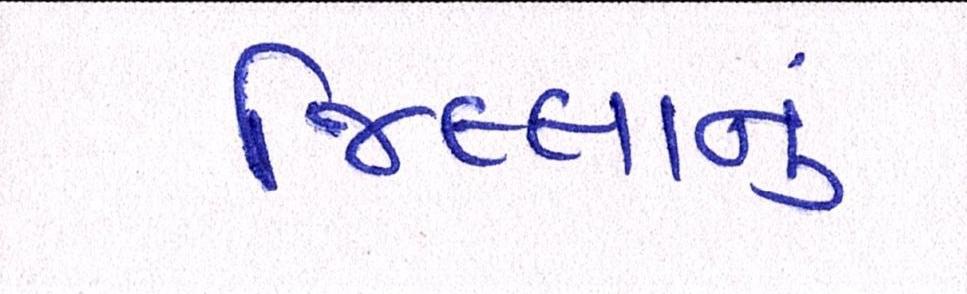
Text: જિલ્લાનું